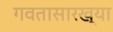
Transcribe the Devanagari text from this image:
गवतासारख्या